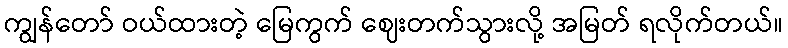
ကျွန်တော် ဝယ်ထားတဲ့ မြေကွက် ဈေးတက်သွားလို့ အမြတ် ရလိုက်တယ်။